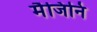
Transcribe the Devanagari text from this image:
मैजिनि